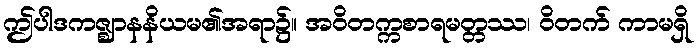
ဤပါဒကဇ္ဈာနနိယမ၏အရာ၌။ အဝိတက္ကစာရမတ္တဿ၊ ဝိတက် ကာမရှိ